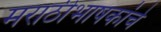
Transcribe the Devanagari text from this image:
मराठीभाषकांचे